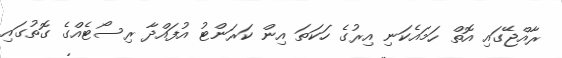
ރާއްޖޭގައި އޮތް ހަމައެކަނި އިރުގެ ހަކަތަ އިން ކަރަންޓު އުފައްދާ ރިސޯޓެއްގެ ގޮތުގައި